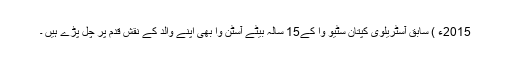
2015ء ) سابق آسٹریلوی کپتان سٹیو وا کے15 سالہ بیٹے آسٹن وا بھی اپنے والد کے نقش قدم پر چل پڑے ہیں ۔